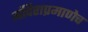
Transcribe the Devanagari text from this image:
मंदिराप्रमाणेच